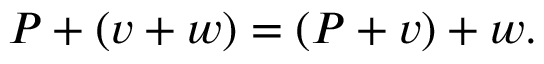
P + ( v + w ) = ( P + v ) + w .